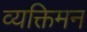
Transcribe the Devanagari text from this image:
व्यक्तिमन